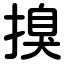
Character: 搝